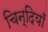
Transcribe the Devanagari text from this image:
चिन्दियाँ